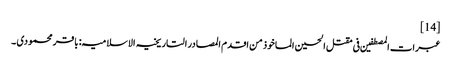
[14]
عبرات المصطفین فی مقتل الحسین الماخوذ من اقدم المصادر التاریخیہ الاسلامیہ: باقر محمودی ۔